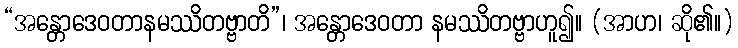
“အန္တောဒေဝတာနမဿိတဗ္ဗာတိ”၊ အန္တောဒေဝတာ နမဿိတဗ္ဗာဟူ၍။ (အာဟ၊ ဆို၏။)